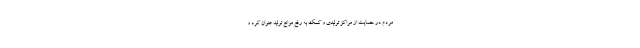
مردم در حمایت از مراکز تولیدی و کمک به رفع موانع تولید عنوان کرد و